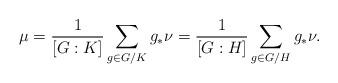
LaTeX: \begin{align*} \mu = \frac{1}{\left[G:K\right]} \sum_{g\in G/K} g_* \nu = \frac{1}{\left[G:H\right]} \sum_{g\in G/H} g_* \nu.\end{align*}